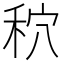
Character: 𮂾